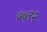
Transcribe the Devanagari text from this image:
७५९२